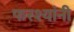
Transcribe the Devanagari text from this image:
फरश्यांनी